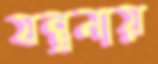
যন্ত্রনায়